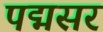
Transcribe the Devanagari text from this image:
पद्मसर